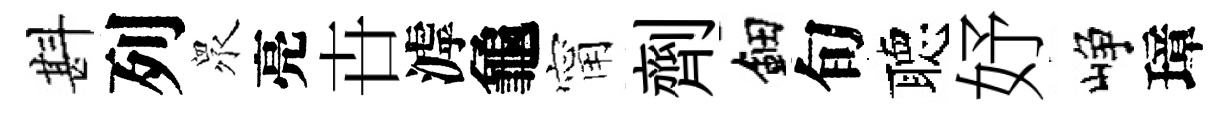
斟列衆亮卋滹龜甯劑鈿旬聴妤峥璋